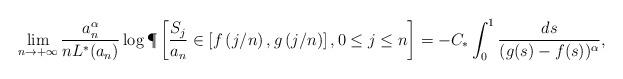
LaTeX: \begin{align*} \lim_{n \to +\infty} \frac{a_n^\alpha}{n L^*(a_n)} \log \P\left[ \frac{S_j}{a_n} \in \left[f\left(j/n\right), g\left(j/n\right)\right], 0 \leq j \leq n \right] = - C_* \int_0^1 \frac{ds}{(g(s)-f(s))^\alpha},\end{align*}